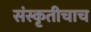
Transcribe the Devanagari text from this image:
संस्कृतीचाच